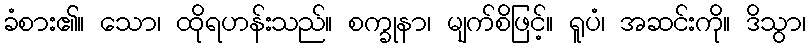
ခံစား၏။ သော၊ ထိုရဟန်းသည်။ စက္ခုနာ၊ မျက်စိဖြင့်။ ရူပံ၊ အဆင်းကို။ ဒိသွာ၊